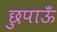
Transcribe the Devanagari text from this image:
छुपाऊँ